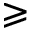
\geqslant